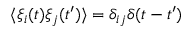
\langle \xi _ { i } ( t ) \xi _ { j } ( t ^ { \prime } ) \rangle = \delta _ { i j } \delta ( t - t ^ { \prime } )